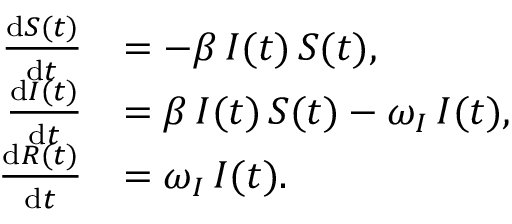
\begin{array} { r l } { \frac { \mathrm { d } S ( t ) } { \mathrm { d } t } } & { = - \beta \, I ( t ) \, S ( t ) , } \\ { \frac { \mathrm { d } I ( t ) } { \mathrm { d } t } } & { = \beta \, I ( t ) \, S ( t ) - \omega _ { I } \, I ( t ) , } \\ { \frac { \mathrm { d } R ( t ) } { \mathrm { d } t } } & { = \omega _ { I } \, I ( t ) . } \end{array}